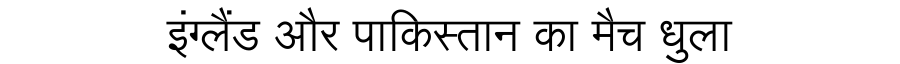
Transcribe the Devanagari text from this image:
इंग्लैंड और पाकिस्तान का मैच धुला